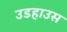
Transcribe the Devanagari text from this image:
उडहाउस